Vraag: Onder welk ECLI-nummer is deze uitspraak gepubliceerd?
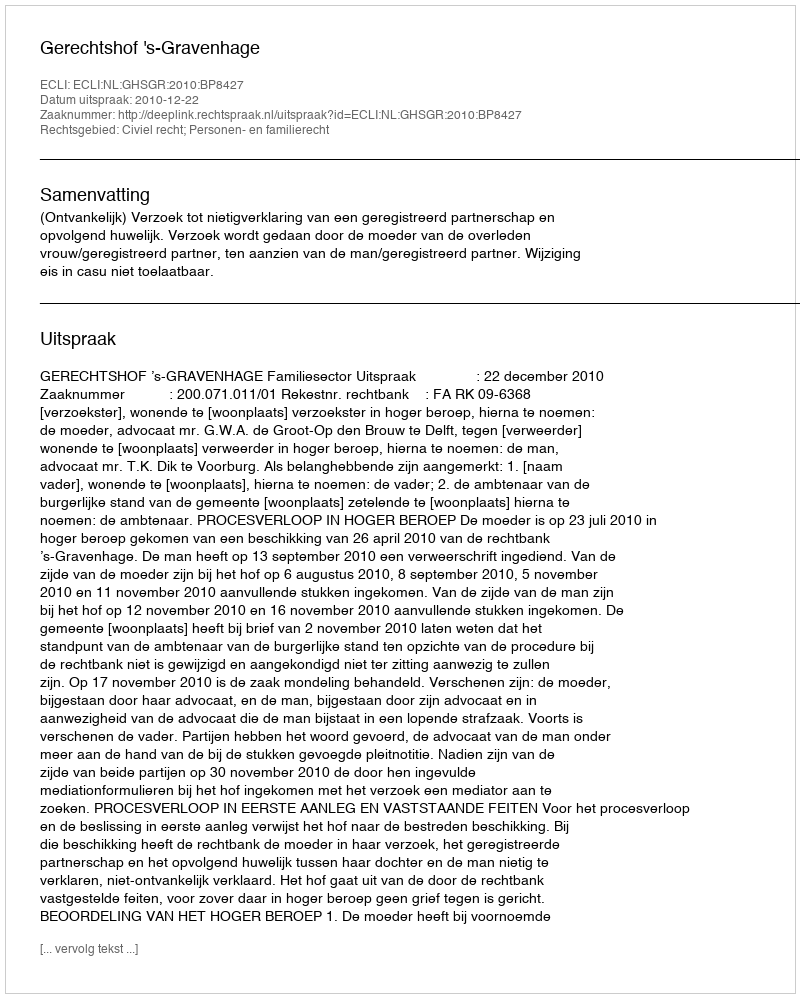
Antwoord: ECLI:NL:GHSGR:2010:BP8427